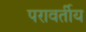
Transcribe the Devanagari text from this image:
परावर्तीय